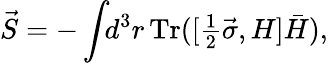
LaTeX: {\vec{S}}=-\int\! \! d^{3}r\, \mathrm{Tr}([\textstyle\frac 12{\vec{\sigma}},H]\bar{H}),